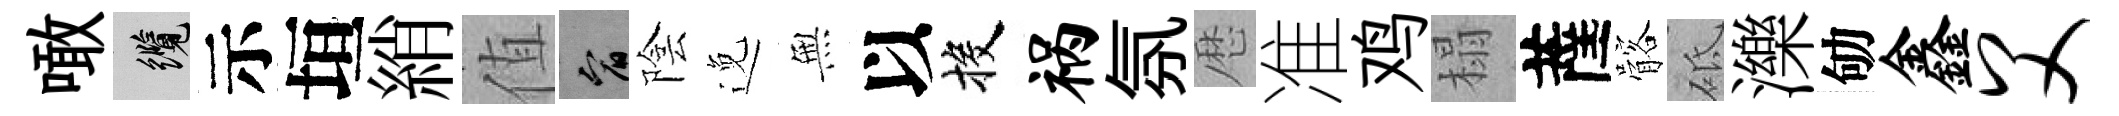
噉纜示垣綃值宥陰𨓜𭴾以投祸氛厯准鸡榻薩髂砥濼劬鑫父